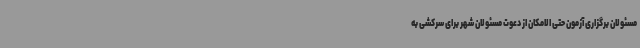
مسئولان برگزاری آزمون حتی الامکان از دعوت مسئولان شهر برای سرکشی به